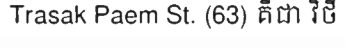
Trasak Paem St. (63) គឺជា វិថី